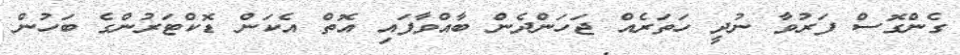
ގެންގޮސް ފަރުވާ ނުދީ ހަތަރެއް ޖަހަންދެން ބާއްވާފައި އޮތް އެކަން ޑޮކްޓަރުންގެ ބަހުން